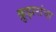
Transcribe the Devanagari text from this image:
क्रुझरांचा